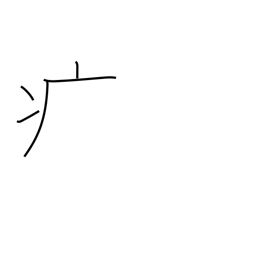
Meaning: sick radical (no. 104)